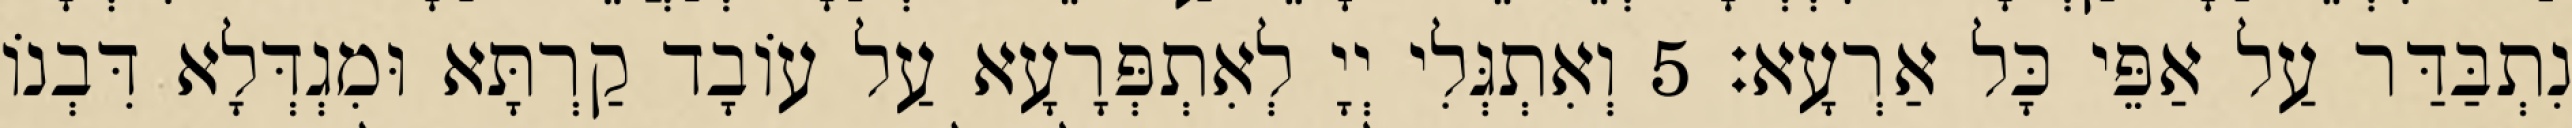
נִתְבַּדַּר עַל אַפֵּי כָּל אַרְעָא׃ 5 וְאִתְגְּלִי יְיָ לְאִתְפְּרָעָא עַל עוֹבָד קַרְתָּא וּמִגְדְּלָא דִּבְנוֹ